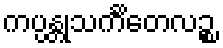
ကပ္ပန္တုသင်္ကိတေလဉ္စ